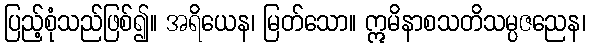
ပြည့်စုံသည်ဖြစ်၍။ အရိယေန၊ မြတ်သော။ ဣမိနာစသတိသမ္ပဇညေန၊